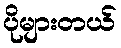
ပိုများတယ်